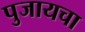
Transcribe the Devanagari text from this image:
पुजायचा